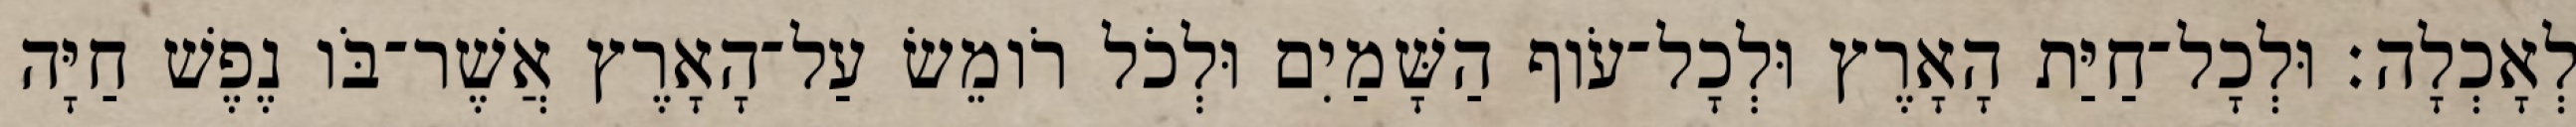
לְאָכְלָה׃ וּלְכָל־חַיַּת הָאָרֶץ וּלְכָל־עֹוף הַשָּׁמַיִם וּלְכֹל רֹומֵשׂ עַל־הָאָרֶץ אֲשֶׁר־בֹּו נֶפֶשׁ חַיָּה